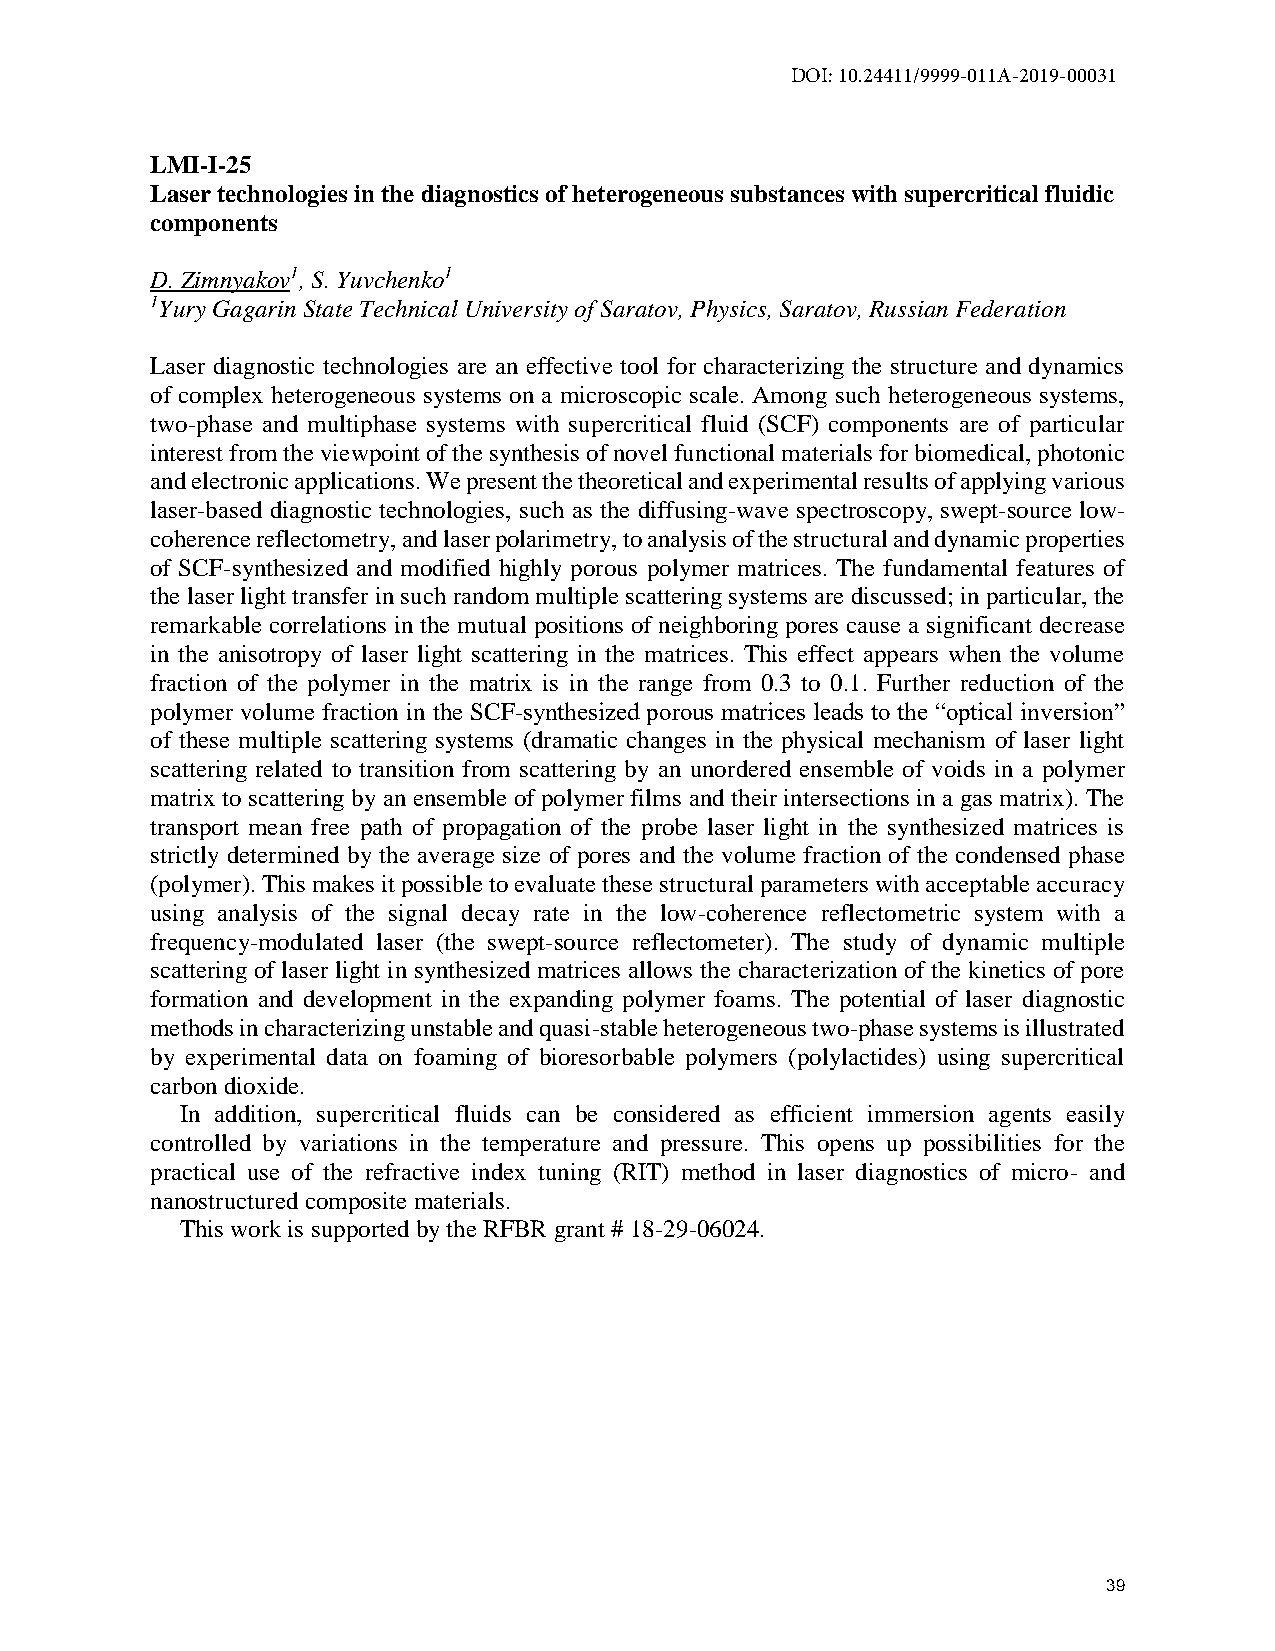
DOI: 10.24411/9999-011A-2019-00031
 LMI-I-25
 Laser technologies in the diagnostics of heterogeneous substances with supercritical fluidic
 components
 D. Zimnyakov1, S. Yuvchenko1
 1Yury Gagarin State Technical University of Saratov, Physics, Saratov, Russian Federation
 Laser diagnostic technologies are an effective tool for characterizing the structure and dynamics
 of complex heterogeneous systems on a microscopic scale. Among such heterogeneous systems,
 two-phase and multiphase systems with supercritical fluid (SCF) components are of particular
 interest from the viewpoint of the synthesis of novel functional materials for biomedical, photonic
 and electronic applications. We present the theoretical and experimental results of applying various
 laser-based diagnostic technologies, such as the diffusing-wave spectroscopy, swept-source low-
 coherence reflectometry, and laser polarimetry, to analysis of the structural and dynamic properties
 of SCF-synthesized and modified highly porous polymer matrices. The fundamental features of
 the laser light transfer in such random multiple scattering systems are discussed; in particular, the
 remarkable correlations in the mutual positions of neighboring pores cause a significant decrease
 in the anisotropy of laser light scattering in the matrices. This effect appears when the volume
 fraction of the polymer in the matrix is in the range from 0.3 to 0.1. Further reduction of the
 polymer volume fraction in the SCF-synthesized porous matrices leads to the “optical inversion”
 of these multiple scattering systems (dramatic changes in the physical mechanism of laser light
 scattering related to transition from scattering by an unordered ensemble of voids in a polymer
 matrix to scattering by an ensemble of polymer films and their intersections in a gas matrix). The
 transport mean free path of propagation of the probe laser light in the synthesized matrices is
 strictly determined by the average size of pores and the volume fraction of the condensed phase
 (polymer). This makes it possible to evaluate these structural parameters with acceptable accuracy
 using analysis of the signal decay rate in the low-coherence reflectometric system with a
 frequency-modulated laser (the swept-source reflectometer). The study of dynamic multiple
 scattering of laser light in synthesized matrices allows the characterization of the kinetics of pore
 formation and development in the expanding polymer foams. The potential of laser diagnostic
 methods in characterizing unstable and quasi-stable heterogeneous two-phase systems is illustrated
 by experimental data on foaming of bioresorbable polymers (polylactides) using supercritical
 carbon dioxide.
 In addition, supercritical fluids can be considered as efficient immersion agents easily
 controlled by variations in the temperature and pressure. This opens up possibilities for the
 practical use of the refractive index tuning (RIT) method in laser diagnostics of micro- and
 nanostructured composite materials.
 This work is supported by the RFBR grant # 18-29-06024.
 39